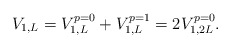
\begin{align*}V_{1,L} = V_{1,L}^{p=0} + V_{1,L}^{p=1} = 2 V_{1,2L}^{p=0}.\end{align*}